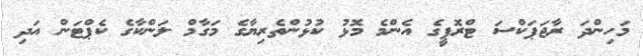
މަހިންދަ ރާޖަޕަކްސަ ޓްރޮފީގެ އެންމެ މޮޅު ކުޅުންތެރިޔާގެ މަގާމް ލަންކާގެ ކެޕްޓަން އަދި